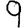
Digit: 9